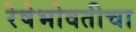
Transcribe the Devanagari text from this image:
रेषेभोवतीचा